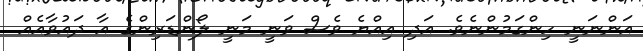
އަންނަނީ ހިންގަމުންނެވެ. އަދި އިއްޔެ ވެސް ވަނީ މަނީ ލޯންޑަރިންގެ އާ ދައުވާއެއް